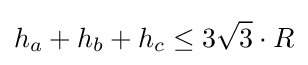
h_{a}+h_{b}+h_{c}\leq 3{\sqrt {3}}\cdot R